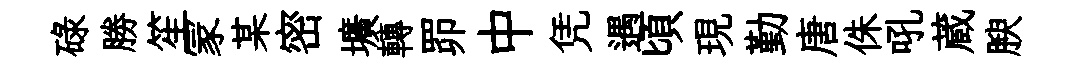
碌勝笙冡某密壙轉𦊑中凭遇頃現勤唐侏吼蔵腴